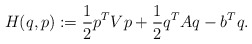
\begin{align*}H(q,p) := \frac{1}{2} p^T V p + \frac{1}{2} q^T A q - b^T q. \end{align*}